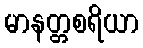
မာနတ္တစရိယာ